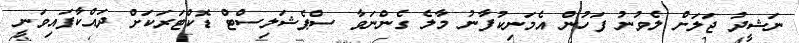
ނަޝީދު ޖަލަށް ލެވުނު ފަހުން އެމަނިކުފާނު މާލެ ގެންނަވާ ސްޕެޝަލިސްޓް ޑޮކްޓަރަކަށް ދައްކާފައިވަނީ